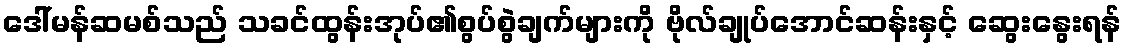
ဒေါ်မန်ဆမစ်သည် သခင်ထွန်းအုပ်၏စွပ်စွဲချက်များကို ဗိုလ်ချုပ်အောင်ဆန်းနှင့် ဆွေးနွေးရန်